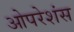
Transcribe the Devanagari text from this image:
ओपरेशंस